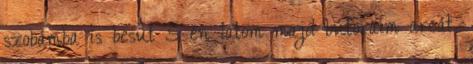
szobámba is besüt S én látom majd bútoraim arcát.